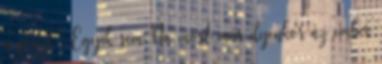
a pénzt? Egyik sem.Na most már ilyenkor az ember